NASA-UAP-D7, Skylab Techincal Crew Debriefing 1973
Page 4
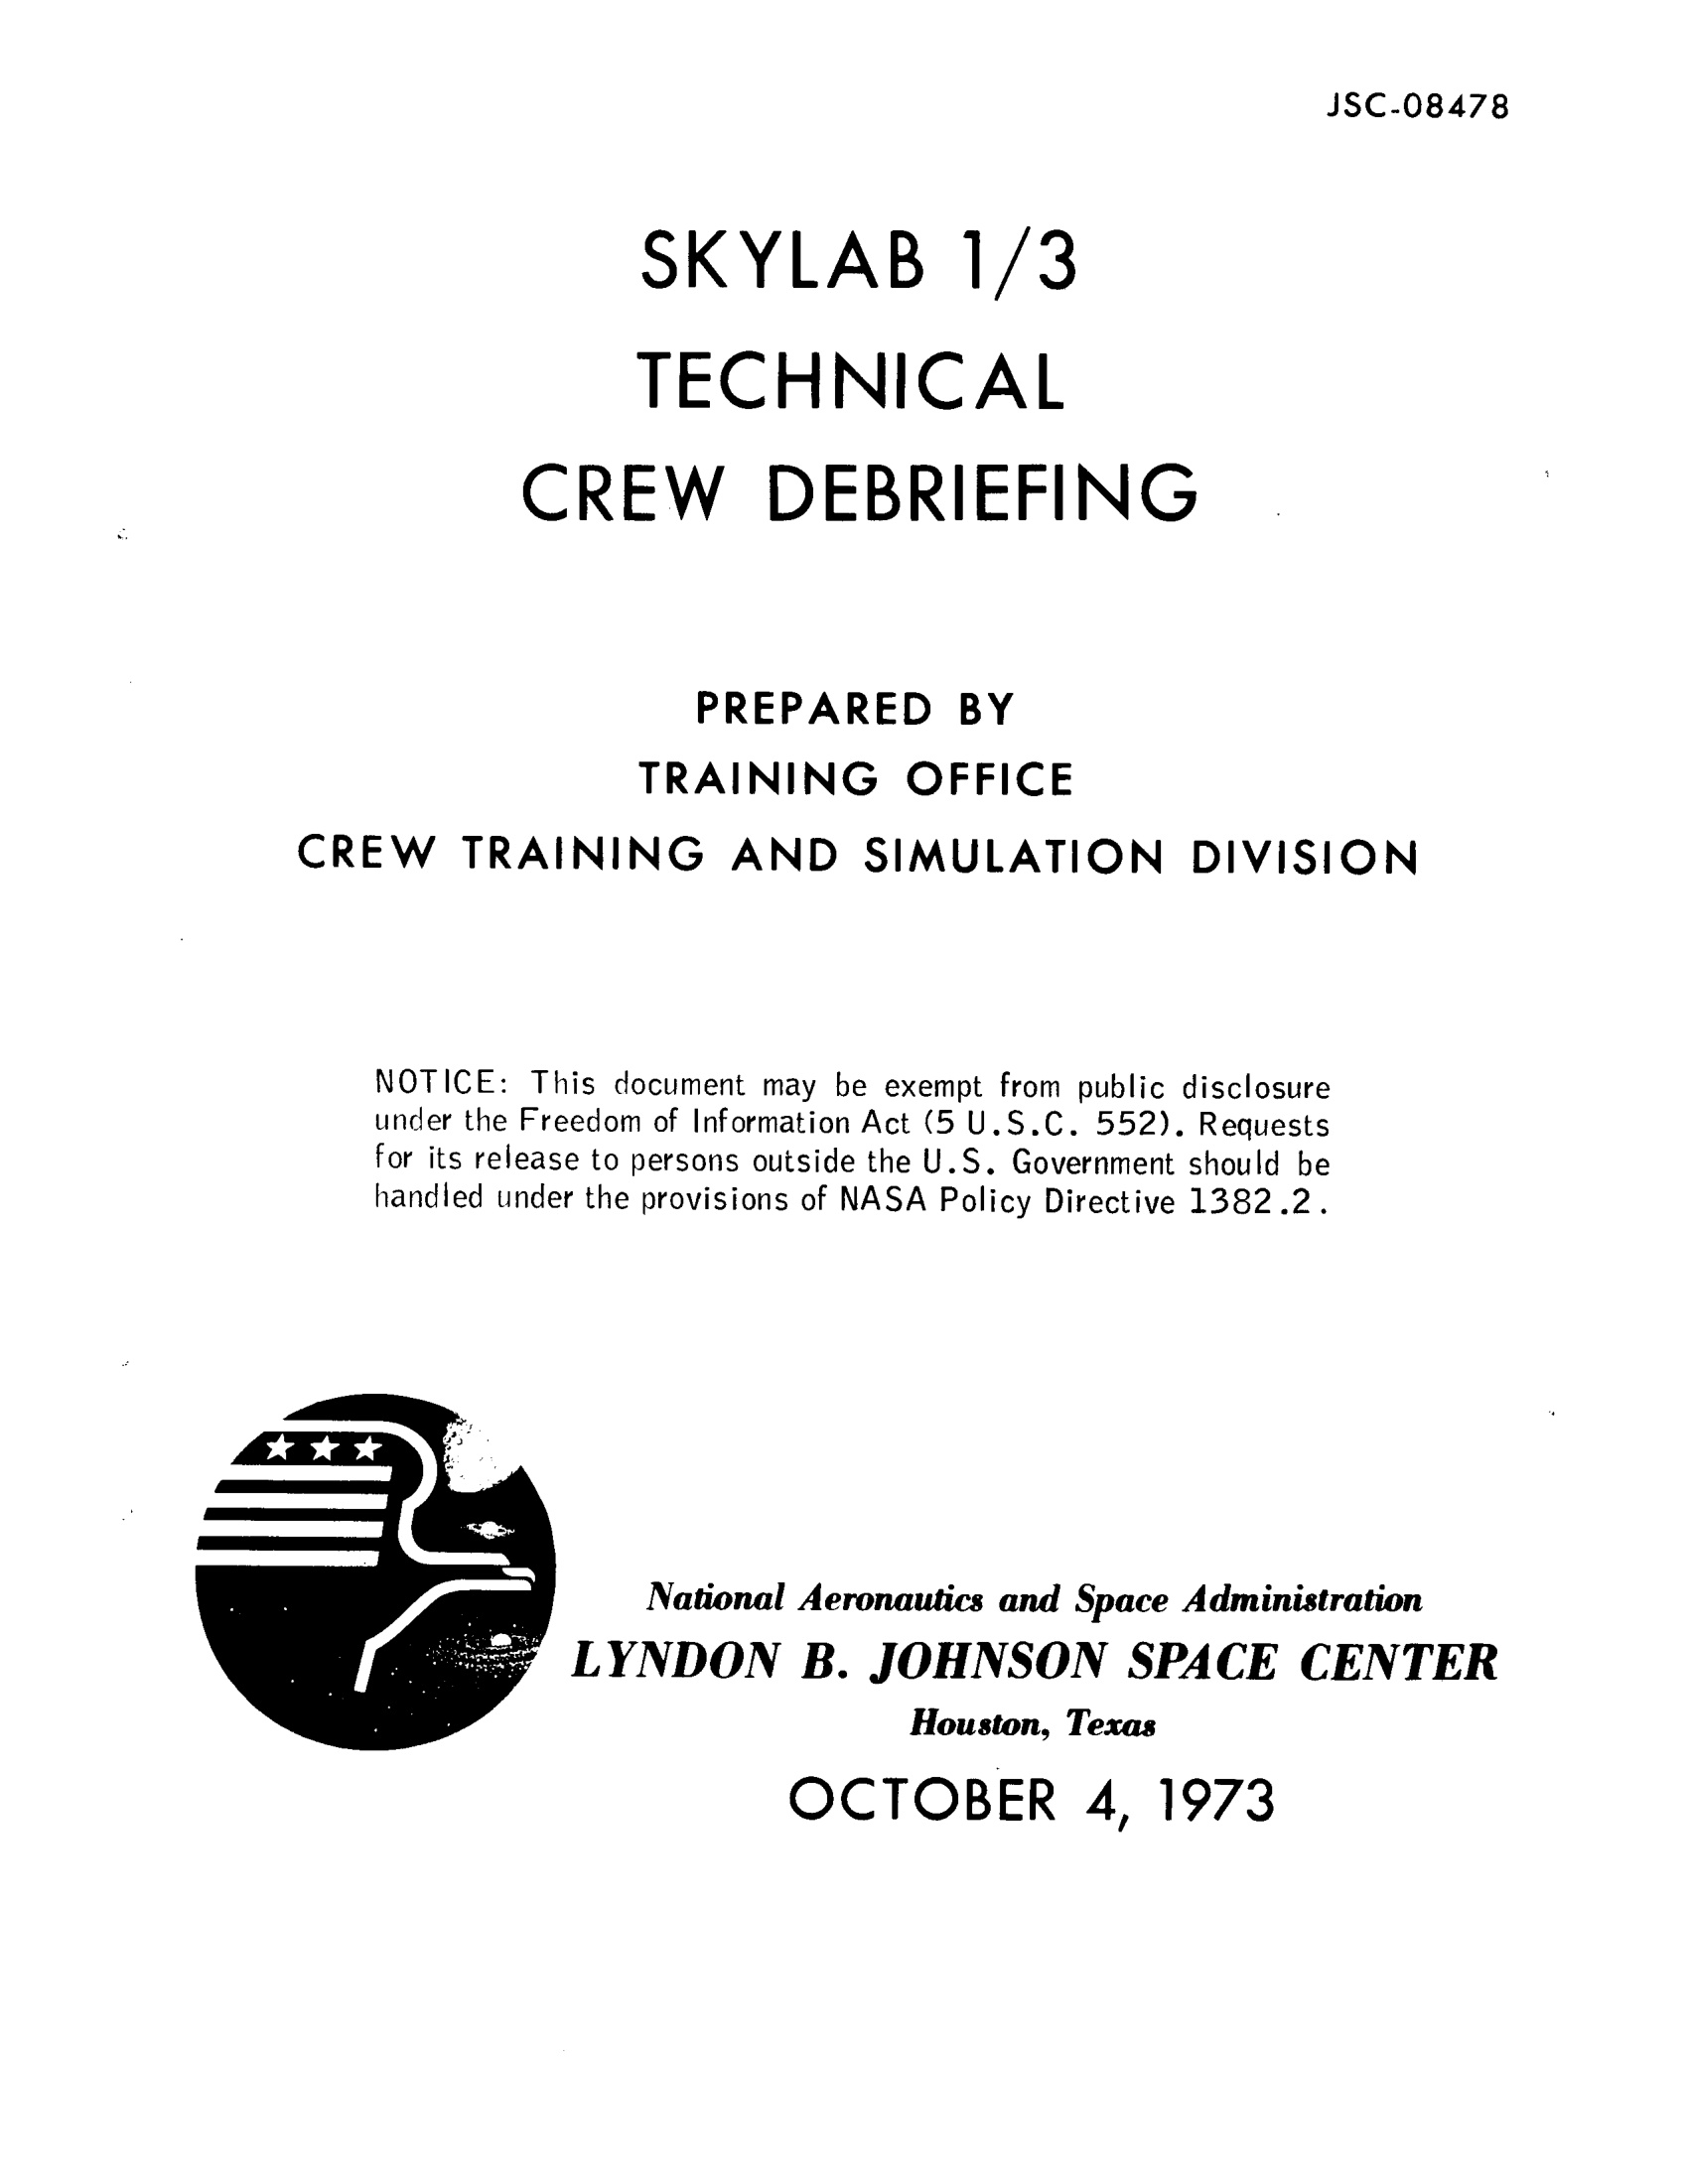